Mental hospitals Bombay report 1921-28 - 1921-1928
Year: 1921
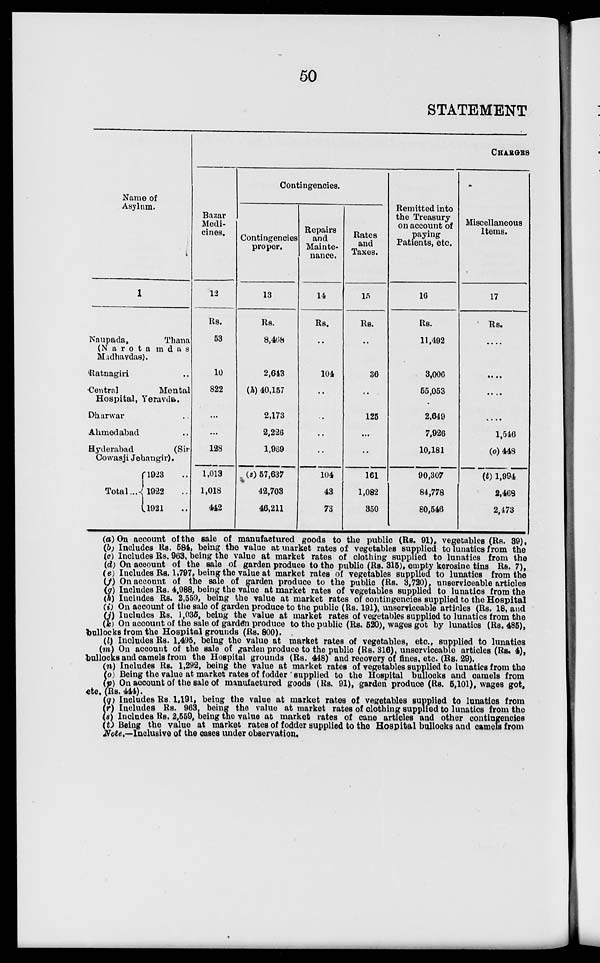
50
STATEMENT
Name of
Asylum.
1
Naupada,
Thana
(Narotamdas
Madhavdas).
Ratnagiri ..
Central
Mental
Hospital, Yeravda.
Dharwar ..
Ahmedabad ..
Hyderabad
(Sir
Cowasji Jehangir).
Total ...
1923 ..
1922 ..
1921 ..
CHARGES
Bazar
Medi-
cines.
12
Rs.
53
10
822
..
..
128
1,013
1,018
442
Contingencies.
Contingencies
proper.
13
Rs.
8,468
2,643
(h) 40,157
2,173
2,226
1,969
(s) 57,637
42,703
46,211
Repairs
and
Mainte-
nance.
14
Rs.
..
104
..
..
..
..
104
43
73
Rates
and
Taxes.
15
Rs.
..
36
..
125
..
..
161
1,082
350
Remitted into
the Treasury
on account of
paying
Patients, etc.
16
Rs.
11,492
3,006
55,053
2,649
7,926
10,181
90,307
84,778
80,546
Miscellaneous
Items.
17
Rs.
....
....
....
....
1,546
(o)448
(t) 1,994
2,468
2,473
(a) On account of the sale of manufactured goods to the public (Rs. 91), vegetables (Rs. 39),
(b) Includes Rs. 584, being the value at market rates of vegetables supplied to lunatics from the
(c) Includes Rs. 963, being the value at market rates of clothing supplied to lunatics from the
(d) On account of the sale of garden produce to the public (Rs. 315), empty kerosine tins Rs. 7),
(e) Includes Rs. 1,797, being the value at market rates of vegetables supplied to lunatics from the
(f) On account of the sale of garden produce to the public (Rs. 3,720), unserviceable articles
(g) Includes Rs. 4,988, being the value at market rates of vegetables supplied to lunatics from the
(h) Includes Rs. 2,559, being the value at market rates of contingencies supplied to the Hospital
(i) On account of the sale of garden produce to the public (Rs. 191), unserviceable articles (Rs. 18, and
(j) Includes Rs. 1,035, being the value at market rates of vegetables supplied to lunatics from the
(k) On account of the sale of garden produce to the public (Rs. 520), wages got by lunatics (Rs. 485),
bullocks from the Hospital grounds (Rs. 800).
(l) Includes Rs. 1,495, being the value at market rates of vegetables, etc., supplied to lunatics
(m) On account of the sale of garden produce to the public (Rs. 316), unserviceable articles (Rs. 4),
bullocks and camels from the Hospital grounds (Rs. 448) and recovery of fines, etc. (Rs. 29).
(n) Includes Rs. 1,292, being the value at market rates of vegetables supplied to lunatics from the
(o) Being the value at market rates of fodder supplied to the Hospital bullocks and camels from
(p) On account of the sale of manufactured goods (Rs. 91), garden produce (Rs. 5,101), wages got,
etc. (Rs. 444).
(q) Includes Rs. 1,191, being the value at market rates of vegetables supplied to lunatics from
(r) Includes Rs. 963, being the value at market rates of clothing supplied to lunatics from the
(s) Includes Rs. 2,559, being the value at market rates of cane articles and other contingencies
(t) Being the value at market rates of fodder supplied to the Hospital bullocks and camels from
Note.—Inclusive of the cases under observation.